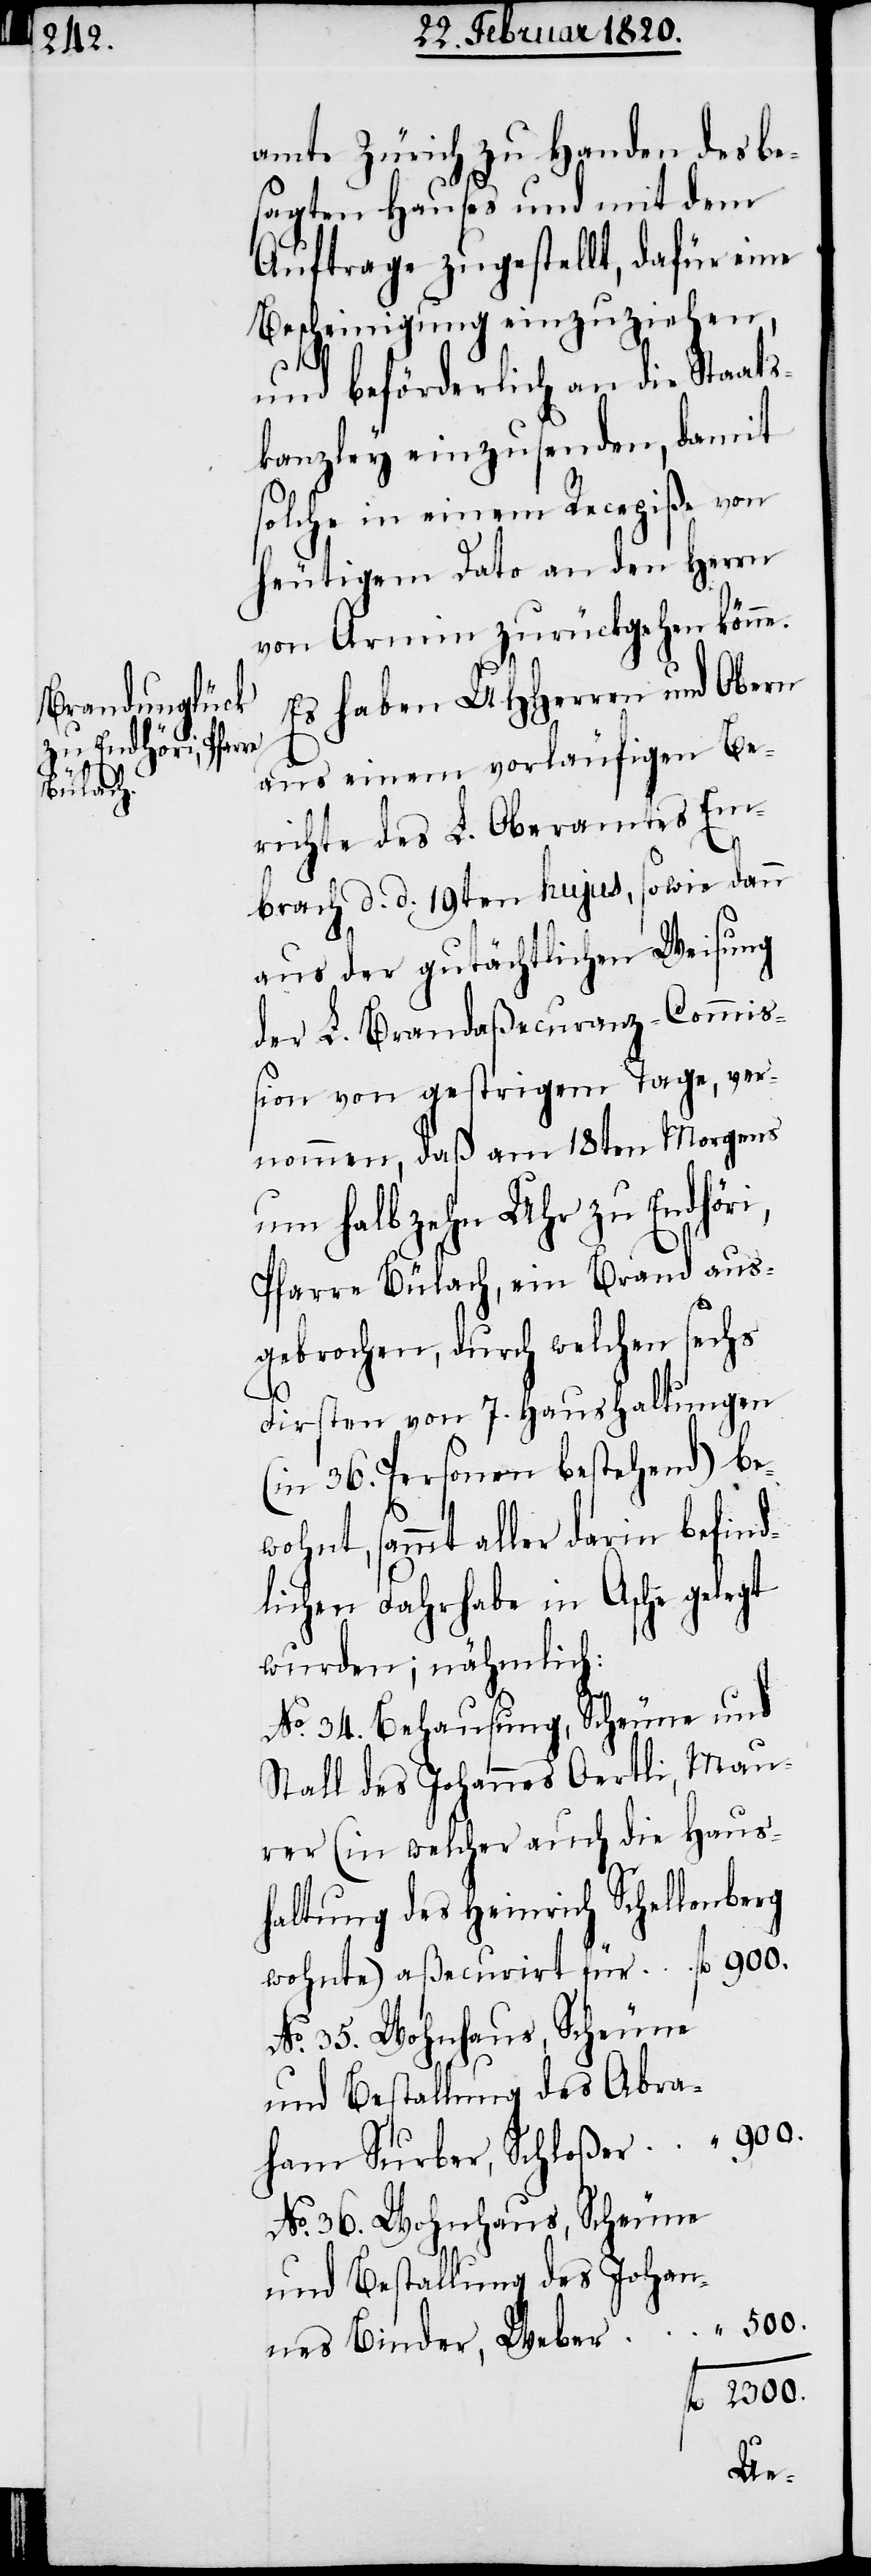
amte Zürich zu Handen des be¬
sagten Hauses und mit dem
Auftrage zugestellt, dafür eine
Bescheinigung einzuziehen,
und beförderlich an die Staats¬
kanzley einzusenden, damit
solche in einem Recepiße von
heutigem Dato an den Herrn
von Armin zurückgehen könne.
Es haben UHHerren und Obern
aus einem vorläufigen Be¬
richte des L. Oberamtes Em¬
brach d. d. 19ten hujus, sowie dann
aus der gutächtlichen Weisung
der L. Brandaßecuranz-Commiß¬
ion von gestrigem Tage, ver¬
nommen, daß am 18ten Morgens
um halb zehn Uhr zu Endhöri,
Pfarre Bülach, ein Brand aus¬
gebrochen, durch welchen sechs
Firsten von 7. Haushaltungen
(in 36. Personen bestehend) be¬
wohnt, sammt aller darin befind¬
lichen Fahrhabe in Asche gelegt
wurden; nähmlich:
No. 34. Behausung, Scheune und
Stall des Johannes Oertli, Mau¬
rer (in welcher auch die Haus¬
haltung des Heinrich Schellenberg
No. 35. Wohnhaus, Scheune
und Bestallung des Abra¬
ham Surber, Schloßer
No. 36. Wohnhaus, Scheune
und Bestallung des Johan¬
900.
nes Binder, Weber
„ 500.